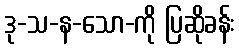
ဒု-သ-န-သော-ကို ပြဆိုခန်း